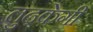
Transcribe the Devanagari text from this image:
लुढ़केगी